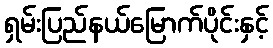
ရှမ်းပြည်နယ်မြောက်ပိုင်းနှင့်